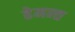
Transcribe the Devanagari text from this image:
हेमन्‍त